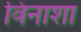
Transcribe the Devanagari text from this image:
विनाशा